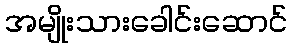
အမျိုးသားခေါင်းဆောင်